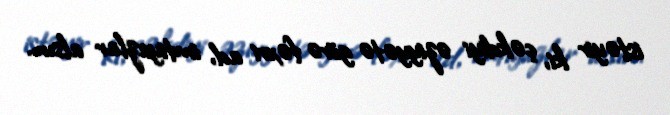
istəyir ki, çəkdiyi əziyyətə görə fəxri ad, imtiyazlar alsın.